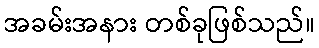
အခမ်းအနား တစ်ခုဖြစ်သည်။